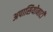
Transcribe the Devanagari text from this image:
अपासियोनाटी